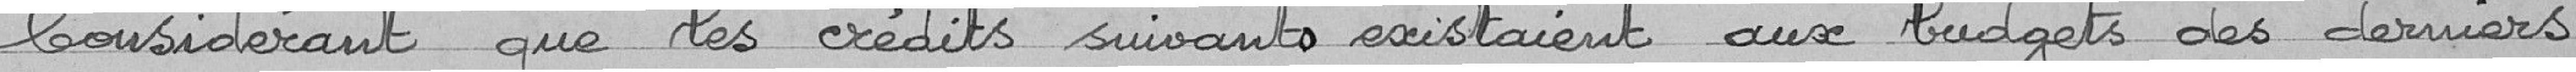
Considérant que les crédits suivants existaient aux budgets des derniers